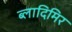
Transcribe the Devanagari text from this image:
ब्लादिमिर